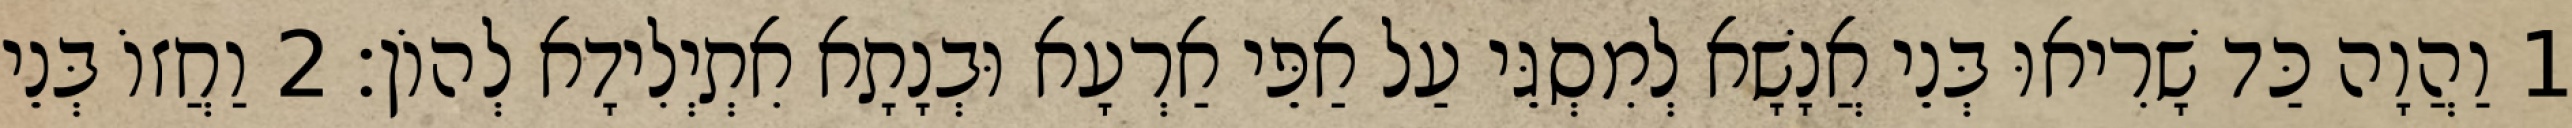
1 וַהֲוָה כַּד שָׁרִיאוּ בְּנֵי אֲנָשָׁא לְמִסְגֵּי עַל אַפֵּי אַרְעָא וּבְנָתָא אִתְיְלִידָא לְהוֹן׃ 2 וַחֲזוֹ בְּנֵי